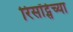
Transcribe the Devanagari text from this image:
रिसॉर्ट्सच्या